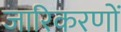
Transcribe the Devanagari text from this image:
जारिकरणों